Code of medical and sanitary regulations for the guidance of medical officers serving in the Madras Presidency - Volume I
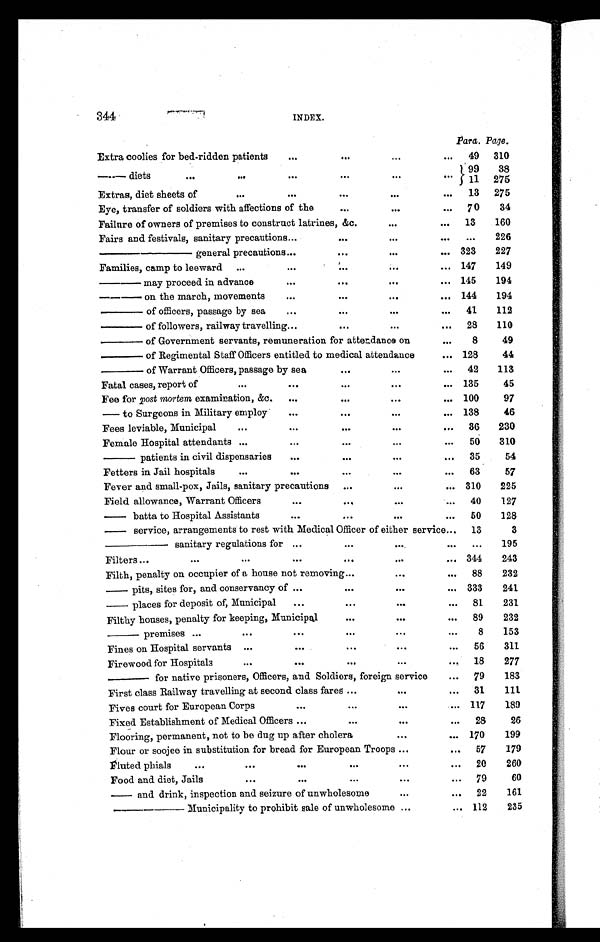
344
INDEX.
Para. Page.
Extra coolies for bed-ridden patients
...
. . .
. . .
...
49
310
— diets
. . .
...
...
. . .
...
. . . 99
11
38
275
Extras, diet sheets of
...
...
. . .
...
...
13
275
Eye, transfer of soldiers with affections of the
...
...
...
7 0
34
Failure of owners of premises to construct latrines, &c.
...
...
13
160
Fairs and festivals, sanitary precautions ...
. . .
...
... ...
226
—— general precautions
...
...
...
... 323
227
Families, camp to leeward ...
...
. . .
...
... 147
149
— may proceed in advance
...
. . .
. . .
...
145
194
— on the march, movements
...
. . .
...
... 144
194
— of officers, passage by sea
...
. . .
. . .
...
41
112
— of followers, railway travelling
...
. . .
. . .
...
28
110
— of Government servants, remuneration for attendance on
...
8
49
— of Regimental Staff Officers entitled to medical attendance
... 128
44
— of Warrant Officers, passage by sea
. . .
. . .
...
42
113
Fatal cases, report of
...
...
. . .
...
... 135
45
Fee for post mortem examination, &c.
...
...
. . .
... 100
97
— to Surgeons in Military employ
...
. . .
...
... 138
46
Fees leviable, Municipal
...
...
. . .
. . .
...
36
230
Female Hospital attendants ...
...
. . .
...
...
50
310
— patients in civil dispensaries
...
. . .
...
...
35
54
Fetters in Jail hospitals
...
...
. . .
. . .
...
63
57
Fever and small-pox, Jails, sanitary precautions
. . .
...
... 310
225
Field allowance, Warrant Officers
...
. . .
. . .
. . . 40
127
— b a t t a t o H o s p i t a l A s s i s t a n t s
...
. . .
...
...
50
128
— s e r v i c e , a r r a n g e m e n t s t o r e s t w i t h M e d i c a l O f f i c e r o f e i t h e r s e r v i c e . . . 13
3
— — s a n i t a r y r e g u l a t i o n s f o r
...
. . .
... ... ...
195
Filters ...
. . .
...
...
... ... ...
344
243
Filth, penalty on occupier of a house not removing ...
. . .
. . . 88
232
— p i t s , s i t e s f o r , a n d c o n s e r v a n c y o f ...
. . .
. . .
... 333
241
— places for deposit of, Municipal
...
. . .
. . .
...
81
231
Filthy houses, penalty for keeping, Municipal
. . .
...
...
89
232
— p r e m i s e s ...
... ...
. . .
... ...
8
153
Fines on Hospital servants ...
...
. . .
. . .
...
56
311
Firewood for Hospitals
...
...
...
...
...
18
277
— for native prisoners, Officers, and Soldiers, foreign service
...
79
183
First class Railway travelling at second class fares ...
...
...
31
111
Fives court for European Corps
...
. . .
. . .
... 117
189
Fixed Establishment of Medical Officers ...
. . .
. . .
...
28
26
Flooring, permanent, not to be dug up after cholera
. . .
... 170
199
Flour or soojee in substitution for bread for European Troops ...
...
57
179
Fluted phials
...
. . .
...
...
. . .
...
20
260
Food and diet, Jails
...
...
...
. . .
...
79
60
— and drink, inspection and seizure of unwholesome
. . .
...
22
161
—— Municipality to prohibit sale of unwholesome ...
... 112
235